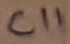
Text: C11